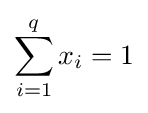
\sum _{i=1}^{q}x_{i}=1